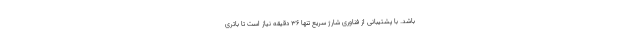
باشد. با پشتیبانی از فناوری شارژ سریع تنها 36 دقیقه نیاز است تا باتری